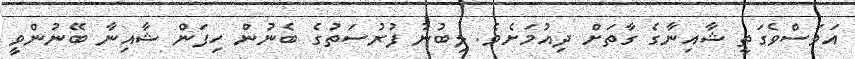
އަވަސްވެގަތީ ޝާއިނާގެ ގާތަށް ދިއުމަށެވެ. ލިބުނު ފުރުސަތުގެ ބެނުން ހިފަން ޝާއިނާ ބޭނުންވީ